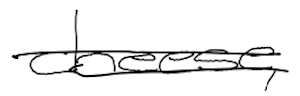
Text: cheese,
Cross-out: double-line
Writing tool: digital_black